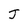
Character: J